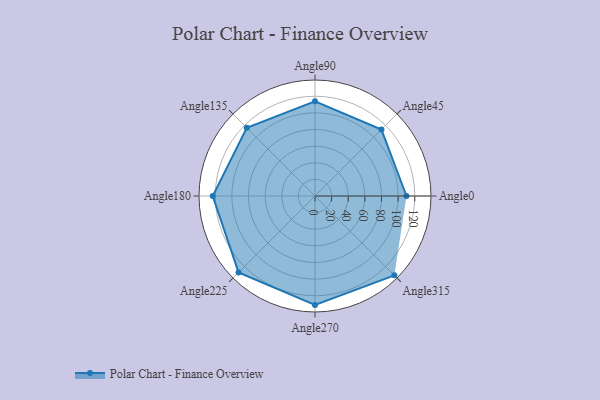
{"axis": {"x": "Angle", "y": "Radius"}, "legend": [""], "data": [{"x": "Angle0", "y": 110.0, "type": ""}, {"x": "Angle45", "y": 113.0, "type": ""}, {"x": "Angle90", "y": 114.0, "type": ""}, {"x": "Angle135", "y": 116.0, "type": ""}, {"x": "Angle180", "y": 123.0, "type": ""}, {"x": "Angle225", "y": 130.0, "type": ""}, {"x": "Angle270", "y": 131.0, "type": ""}, {"x": "Angle315", "y": 135.0, "type": ""}]}